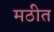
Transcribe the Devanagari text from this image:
मठीत